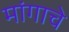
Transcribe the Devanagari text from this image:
मांगाचे